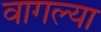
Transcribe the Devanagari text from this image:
वागल्या